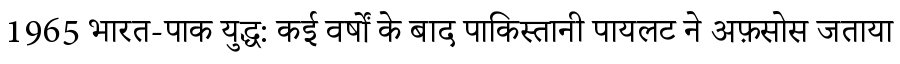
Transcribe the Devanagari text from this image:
1965 भारत-पाक युद्ध: कई वर्षों के बाद पाकिस्तानी पायलट ने अफ़सोस जताया